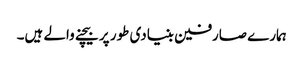
ہمارے صارفین بنیادی طور پر بیچنے والے ہیں۔